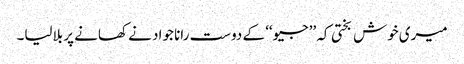
میری خوش بختی کہ ’’جیو‘‘ کے دوست رانا جواد نے کھانے پر بلالیا۔